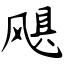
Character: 飓